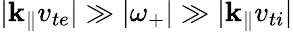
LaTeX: \lvert\mathbf{k}_{\parallel}v_{te}\rvert\gg\lvert\omega_{+}\rvert\gg\lvert\mathbf{k}_{\parallel}v_{ti}\rvert